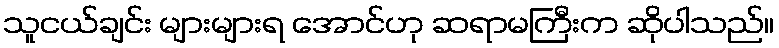
သူငယ်ချင်း များများရ အောင်ဟု ဆရာမကြီးက ဆိုပါသည်။